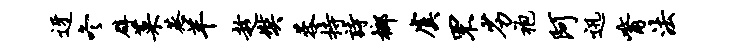
迓冬辟菜蒸羊趁奘蓉持诗榔虞罘劣袍阿迅觜法